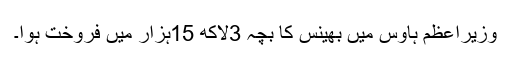
وزیراعظم ہاوس میں بھینس کا بچہ 3لاکھ 15ہزار میں فروخت ہوا۔